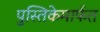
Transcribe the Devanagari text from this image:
पुस्तिकेमार्फत